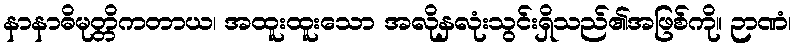
နာနာဓိမုတ္တိကတာယ၊ အထူးထူးသော အလိုနှလုံးသွင်းရှိသည်၏အဖြစ်ကို။ ဉာဏံ၊